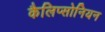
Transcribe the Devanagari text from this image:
कैलिप्सोनियन